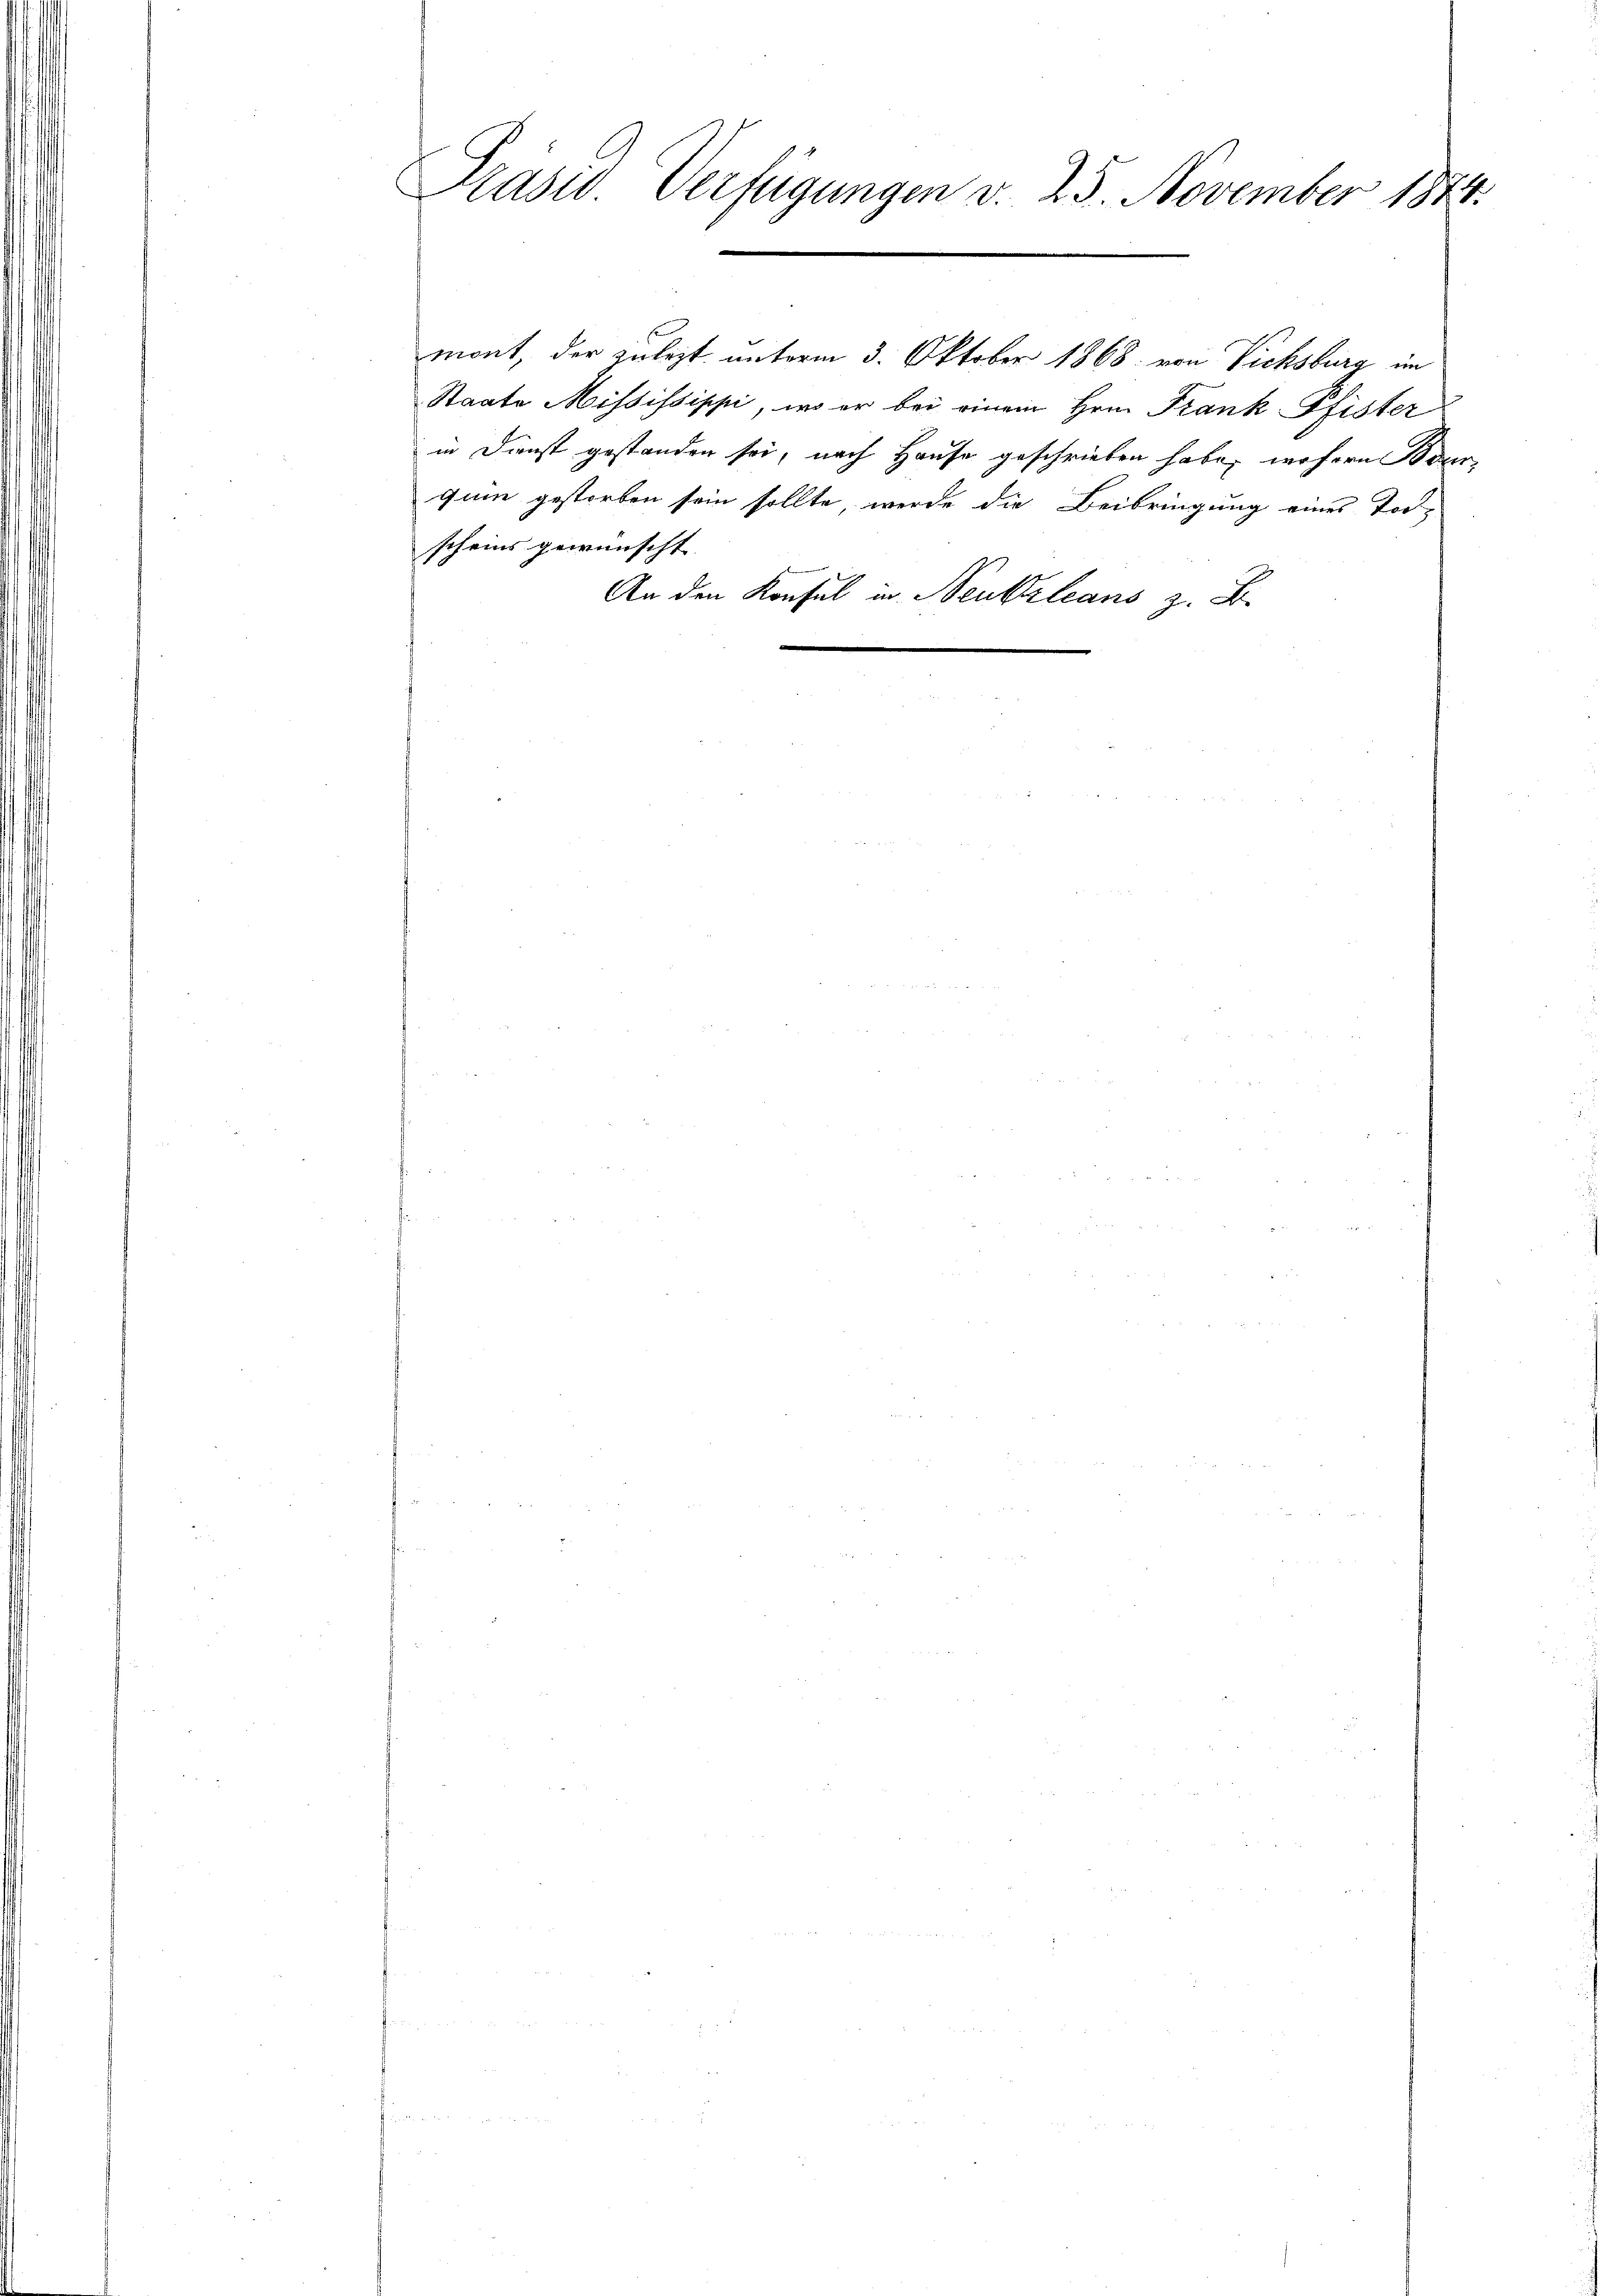
Präsid. Verfügungen v. 25. November 1874.

mont, der zulezt unterm 3. Oktober 1868 von Vichsburg im
Staate Mississippi, wo er bei einem Hrn. Frank Pfister
gane gestorben sein sollte, werde die Beibringung eines Todscheins gewünscht
An den Konsul in Neukleans z. B.

in Dienst gestanden sei, nach Hause geschrieben habe; wofern Bour-